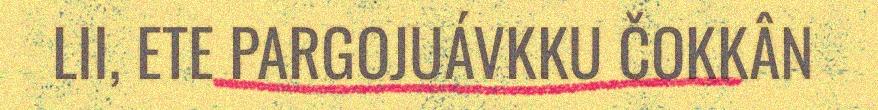
LII, ETE PARGOJUÁVKKU ČOKKÂN